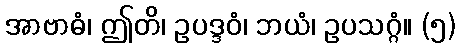
အာဗာဓံ၊ ဤတိ၊ ဥပဒ္ဒဝံ၊ ဘယံ၊ ဥပသဂ္ဂံ။ (၅)